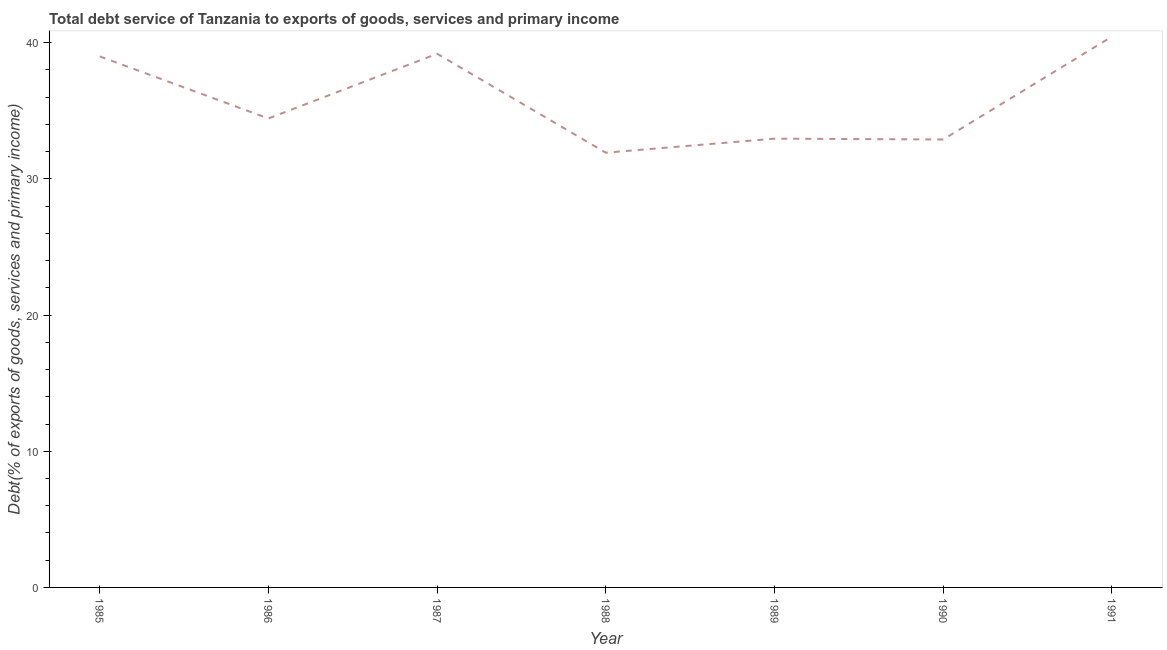
| Year | Total debt service |
 | --- | --- |
 | 1985 | 39 |
 | 1986 | 34.4 |
 | 1987 | 39.2 |
 | 1988 | 31.9 |
 | 1989 | 33 |
 | 1990 | 32.9 |
 | 1991 | 40.4 |